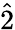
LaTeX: \hat{2}